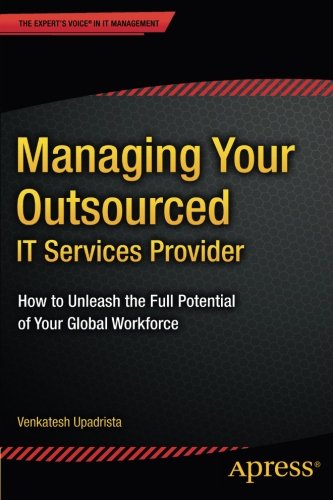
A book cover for Managing Your Outsourced IT Services Provider: How to Unleash the Full Potential of Your Global Workforce; Venkatesh Upadrista; Business & Money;